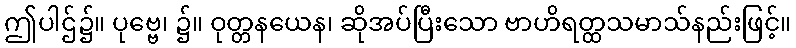
ဤပါဌ်၌။ ပုဗ္ဗေ၊ ၌။ ဝုတ္တနယေန၊ ဆိုအပ်ပြီးသော ဗာဟိရတ္ထသမာသ်နည်းဖြင့်။